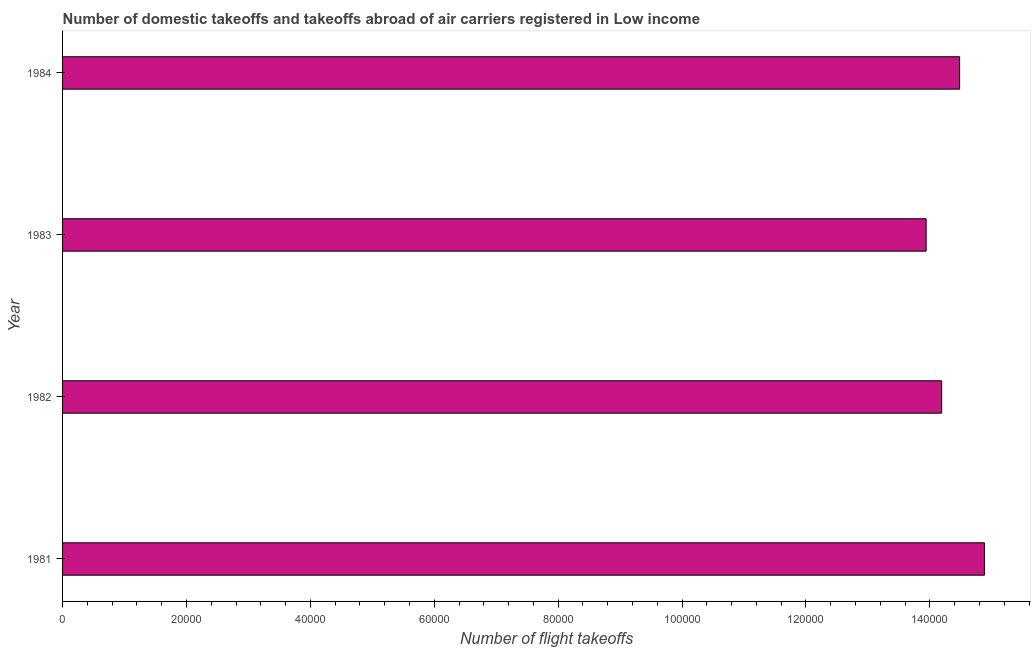
| Year | Air transport |
 | --- | --- |
 | 1981 | 1.49e+05 |
 | 1982 | 1.42e+05 |
 | 1983 | 1.39e+05 |
 | 1984 | 1.45e+05 |